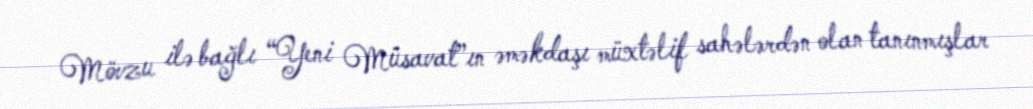
Mövzu ilə bağlı “Yeni Müsavat”ın əməkdaşı müxtəlif sahələrdən olan tanınmışlar